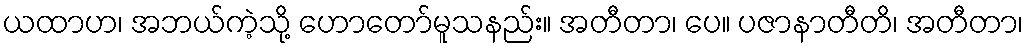
ယထာဟ၊ အဘယ်ကဲ့သို့ ဟောတော်မူသနည်း။ အတီတာ၊ ပေ။ ပဇာနာတီတိ၊ အတီတာ၊